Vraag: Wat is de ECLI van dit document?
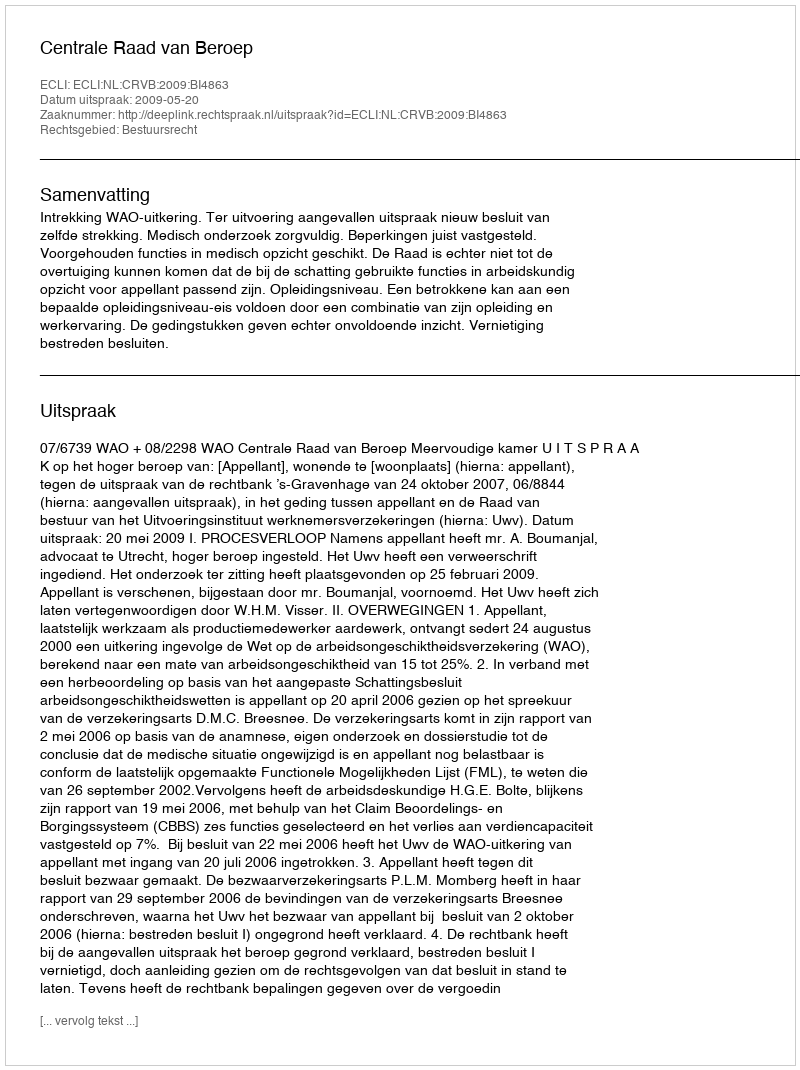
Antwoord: ECLI:NL:CRVB:2009:BI4863